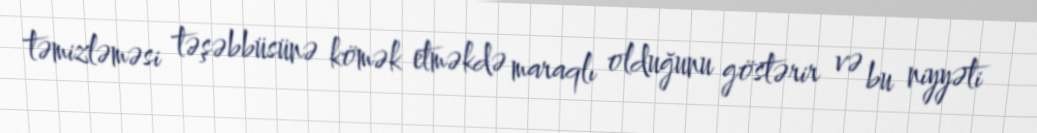
təmizləməsi təşəbbüsünə kömək etməkdə maraqlı olduğunu göstərir və bu niyyəti